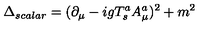
\Delta _ { s c a l a r } = ( \partial _ { \mu } - i g T _ { s } ^ { a } A _ { \mu } ^ { a } ) ^ { 2 } + m ^ { 2 }